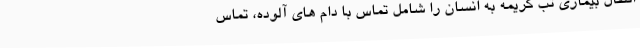
انتقال بیماری تب کریمه به انسان را شامل تماس با دام های آلوده، تماس